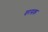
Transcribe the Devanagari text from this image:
वरसक